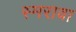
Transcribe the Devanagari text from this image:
स्मरावा